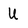
Character: U